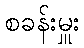
စခန်းမှူး